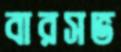
বারসভ